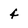
Character: 4